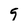
Character: 9